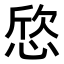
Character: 𢜛